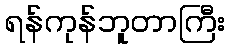
ရန်ကုန်ဘူတာကြီး